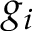
g _ { i }